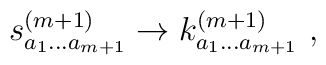
s^{(m+1)}_{a_1 \ldots a_{m+1}} \rightarrow k^{(m+1)}_{a_1 \ldots a_{m+1}} \ ,